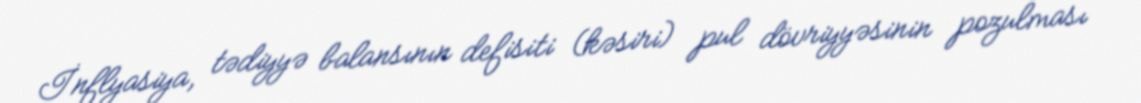
İnflyasiya, tədiyyə balansının defisiti (kəsiri) pul dövriyyəsinin pozulması